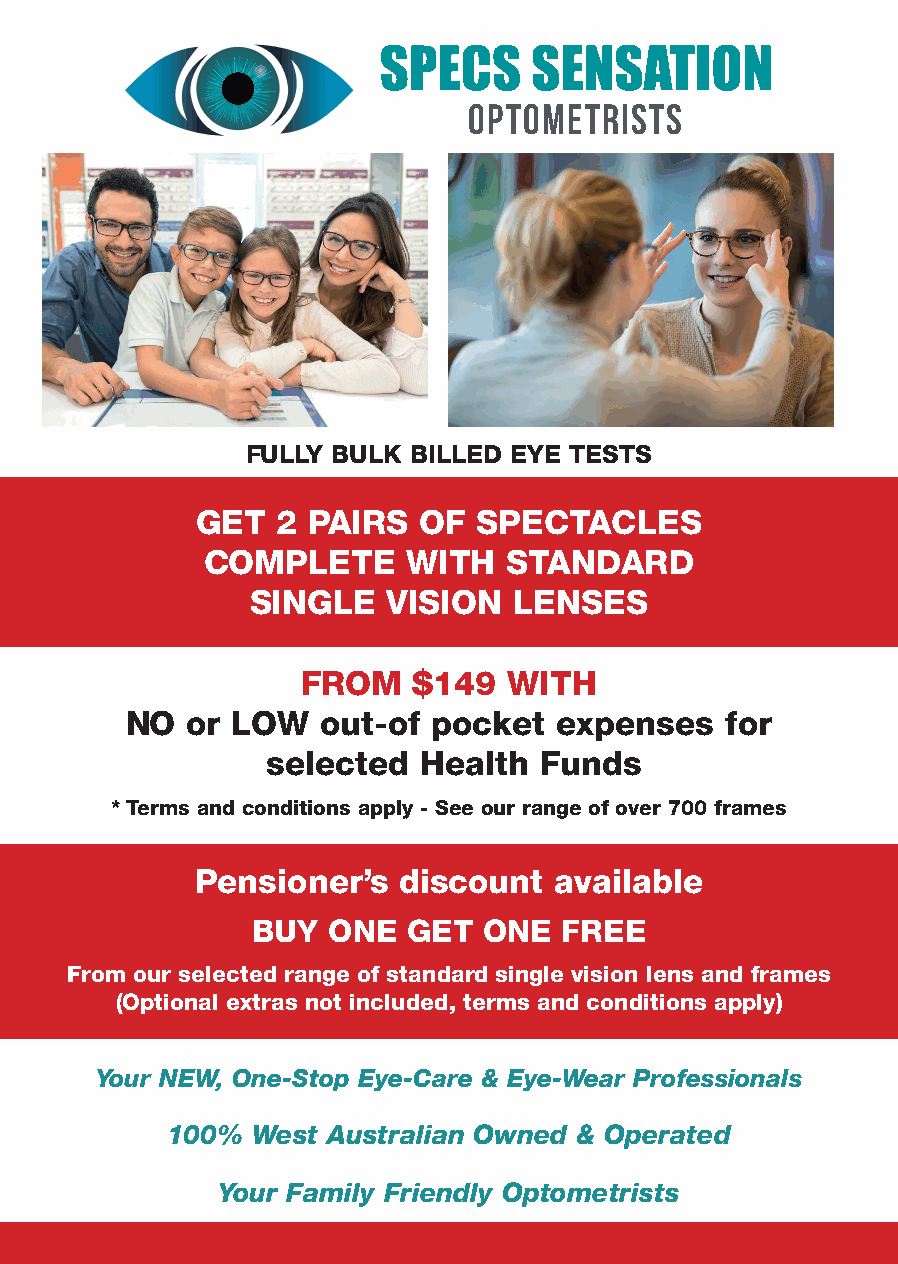
SPECS     SENSATION
 OPTOMETRISTS
 FULLY BULK BILLED EYE TESTS
 GET  2 PAIRS   OF  SPECTACLES
 COMPLETE     WITH   STANDARD
 SINGLE   VISION  LENSES
 FROM   $149   WITH
 NO  or LOW   out-of  pocket  expenses   for
 selected  Health  Funds
 * Terms and conditions apply - See our range of over 700 frames
 Pensioner’s  discount   available
 BUY  ONE  GET  ONE  FREE
 From our selected range of standard single vision lens and frames
 (Optional extras not included, terms and conditions apply)
 Your NEW, One-Stop Eye-Care & Eye-Wear Professionals
 100%  West Australian Owned & Operated
 Your Family Friendly Optometrists